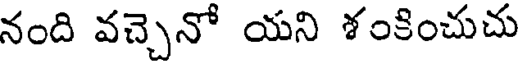
నంది వచ్చెనో యని శంకించుచు